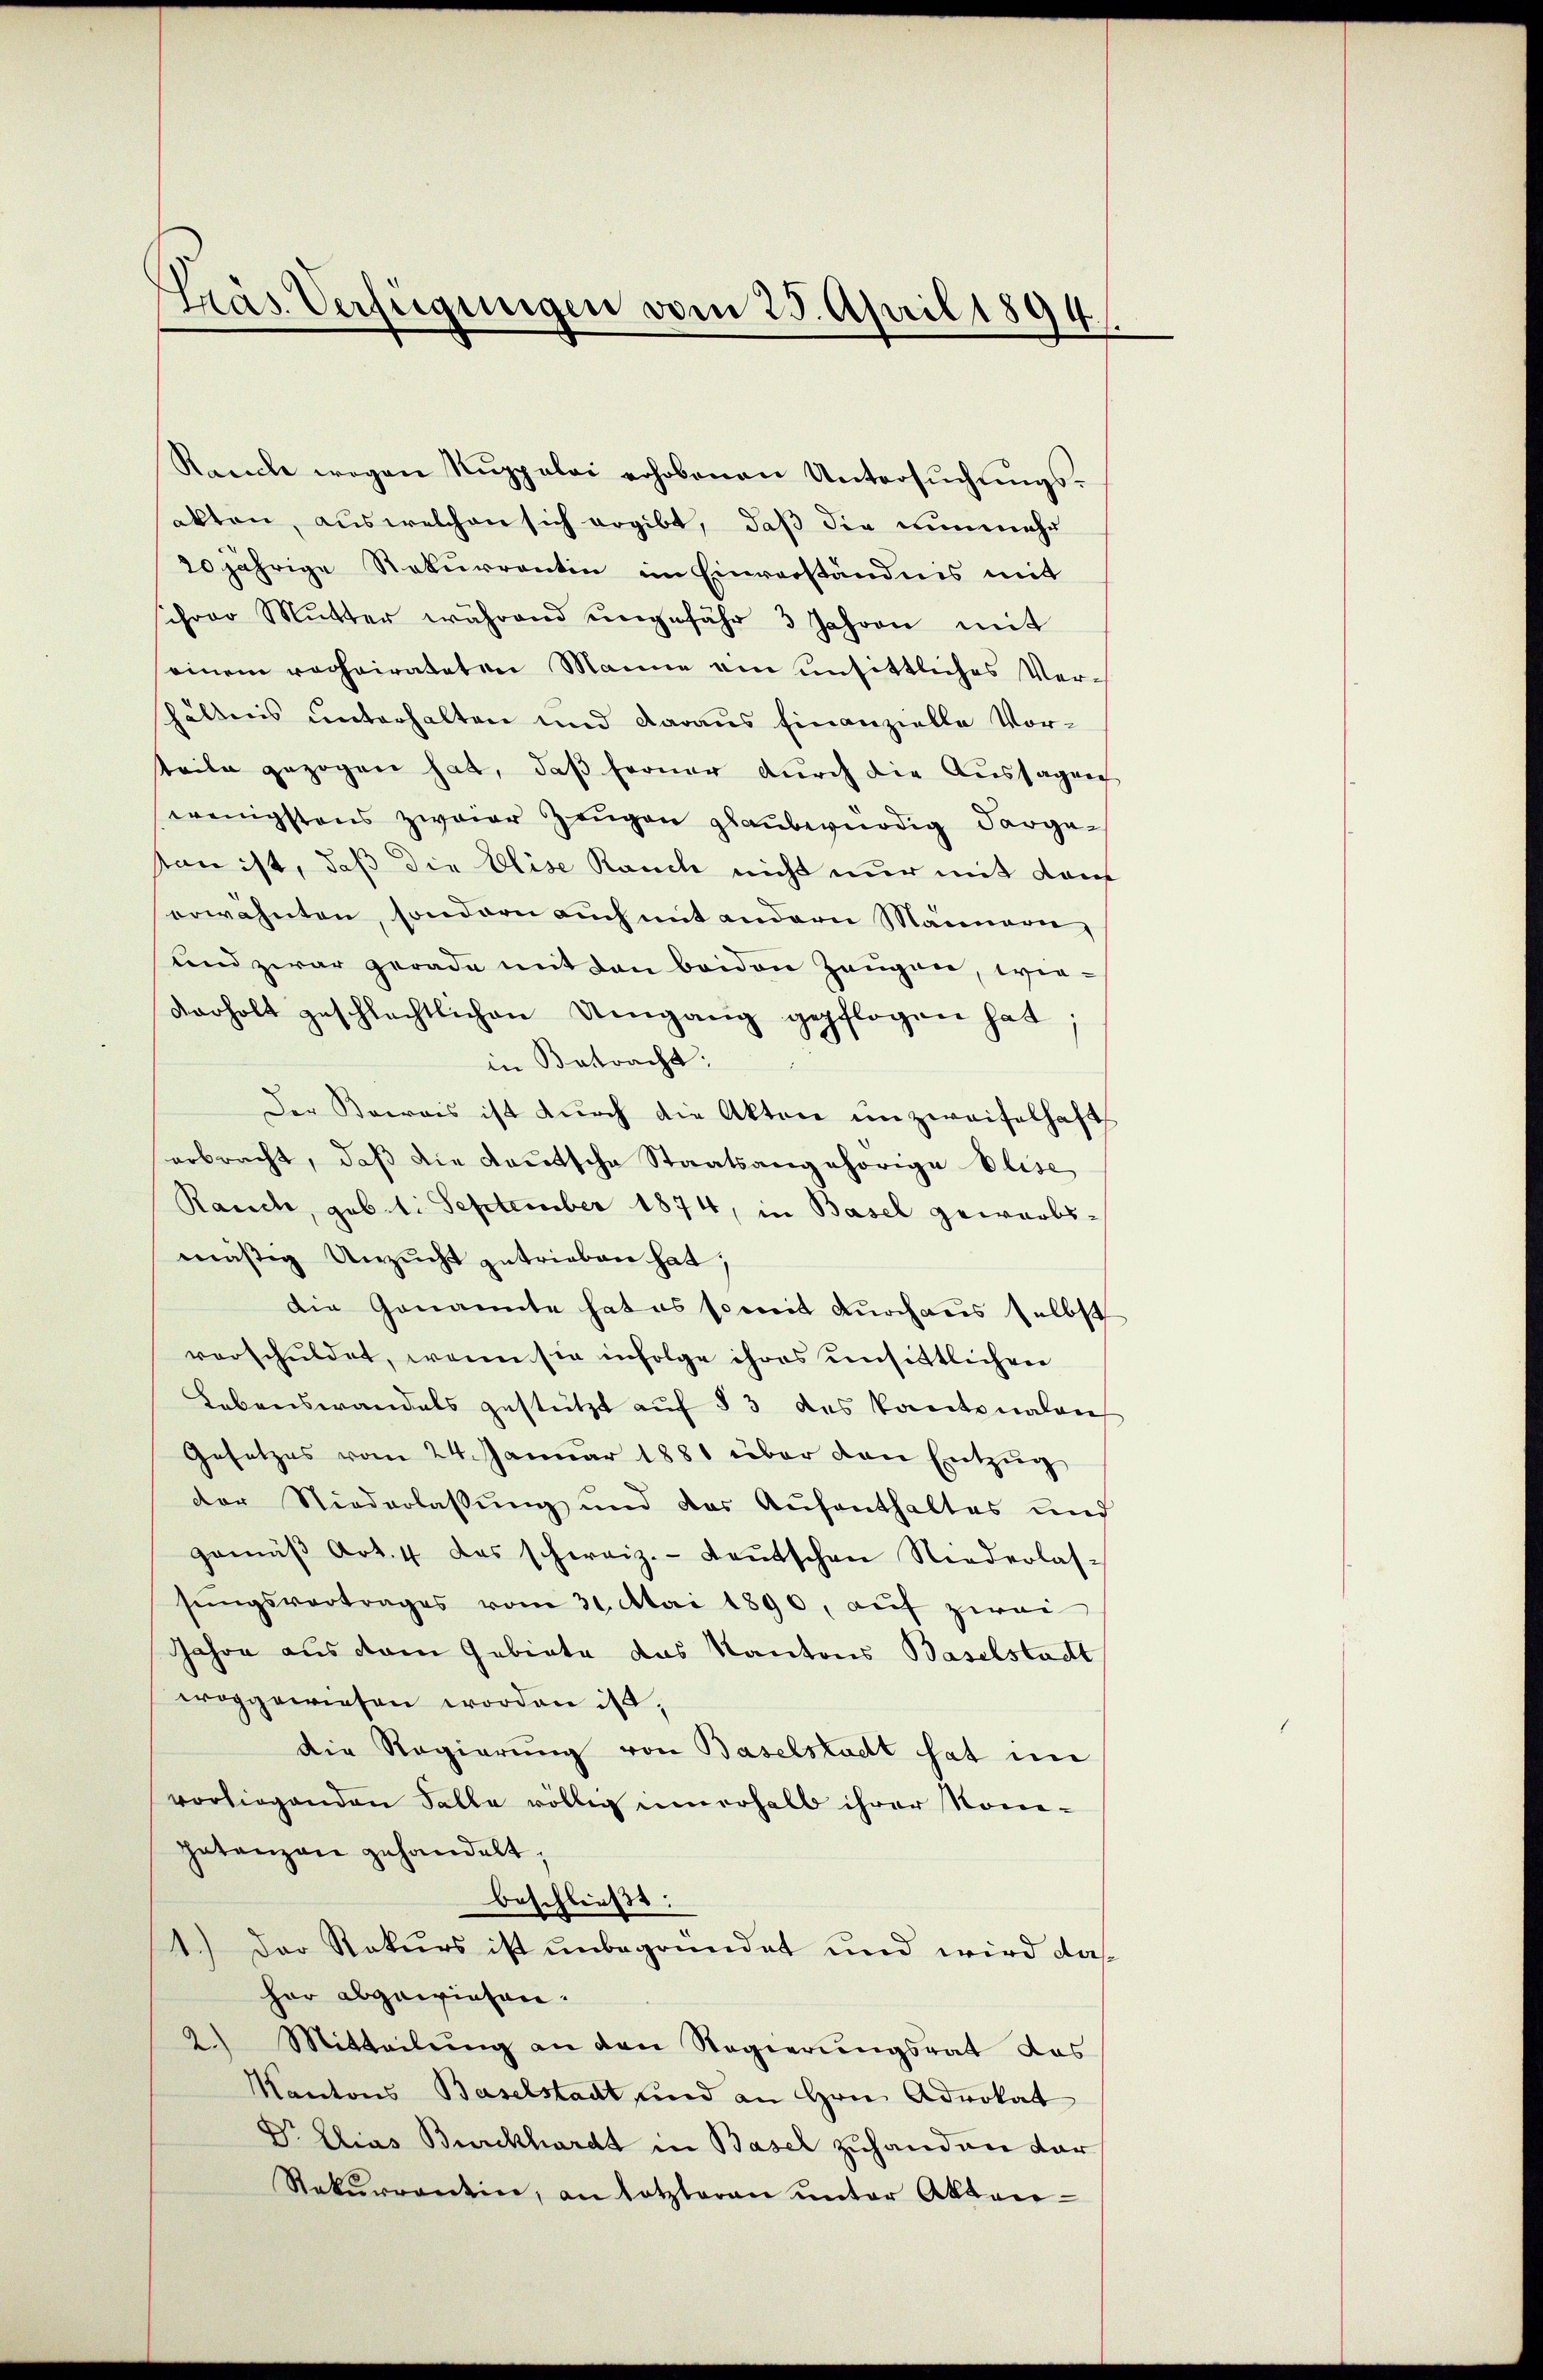
Präs. Verfügungen vom 25. April 1894.

Rauche wegen Rŭppalai erhobenen Untersuchungsakten, aus welchen sich ergibt, daß die nunmehr
20jährige Rekurrentin im Einverständnis mit
schon Mŭtter während ŭngefähr 3 Jahren mit
einem recheirateten Manne am unsittliches Verhältnis unterhalten und daraus finanzielle Vorteile gezogen hat, daß ferner durch die Aussagen
wenigstens zweier Zeugen glaubernödig dargetan ist, daß die Elise Kande nicht nur mit Kauf
erwähnten, sondern auch mit andern Mannern,
und zwar gerade mit den beiden Zeugen, wiederholt geschlechtlichen Umgang gepflogen hat
in Betracht:
Der Beerois ist durch die Akten unzweifelhaft
erbracht, daß die deutsche Staatsangehörige Elise
Rauch, geb. 1. September 1874, in Basel gewarbsmäßig Unzucht getrieben hat;
die Genannte hat es somit durchaus selbst
verschuldet, wenn sie infolge ihres unsittlichen
Lebenswandels gestützt aŭf § 3 des Kantonalen
Gesetzes vom 24. Januar 1881 über den Entzŭg
der Niederlassŭng und das Aŭfenthaltes und
gemäβ Art. 4 das schweiz.- Leŭtschen Niederlas-
sŭngsvertrages vom 31. Mai 1890, aŭf zwei
Jahre aus dem Gebiete das Kantons Baselstadt
woggewiesen worden ist,
Die Regierung von Baselstadt hat in
vorliegenden Falle völlig innerhalb ihrer Nomi¬
Intanzen gehandelt,
beschließt:
1.) Der Rekurs ist unbegründet und wird das
har abgewiesen.
2.) Mitteilŭng an den Regierŭngsrat das
Kantons Baselstadt und an Hrn. Advokat
Vr Elias Burckhardt in Basel zuhanden dar
Rekŭrrentin, an letzteren unter Aktier-